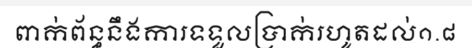
ពាក់ព័ន្ធនឹងការទទួលប្រាក់រហូតដល់១.៨